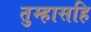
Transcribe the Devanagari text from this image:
तुम्हासहि